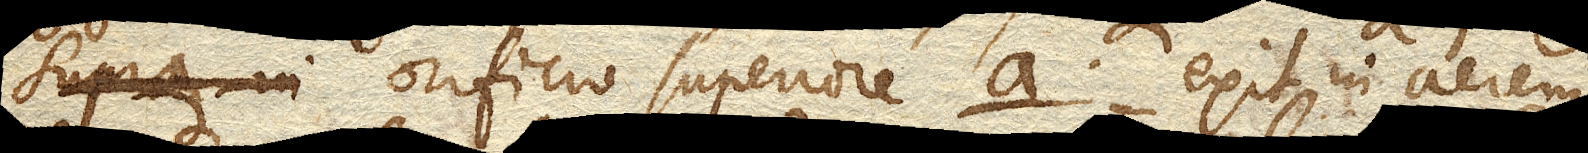
supra in orificio superiore a. exit in aerem